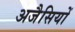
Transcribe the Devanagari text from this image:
अजैसियों